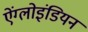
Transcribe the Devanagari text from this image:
ऐंग्लोइंडियन